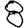
Digit: 8